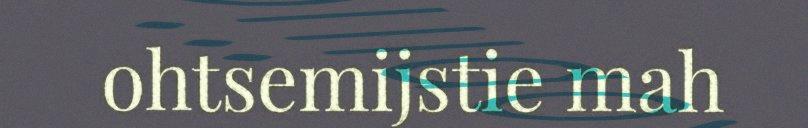
ohtsemijstie mah